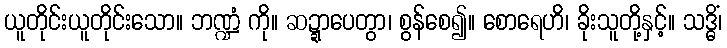
ယူတိုင်းယူတိုင်းသော။ ဘဏ္ဍံ ကို။ ဆဍ္ဍာပေတွာ၊ စွန်စေ၍။ စောရေဟိ၊ ခိုးသူတို့နှင့်။ သဒ္ဓိံ၊